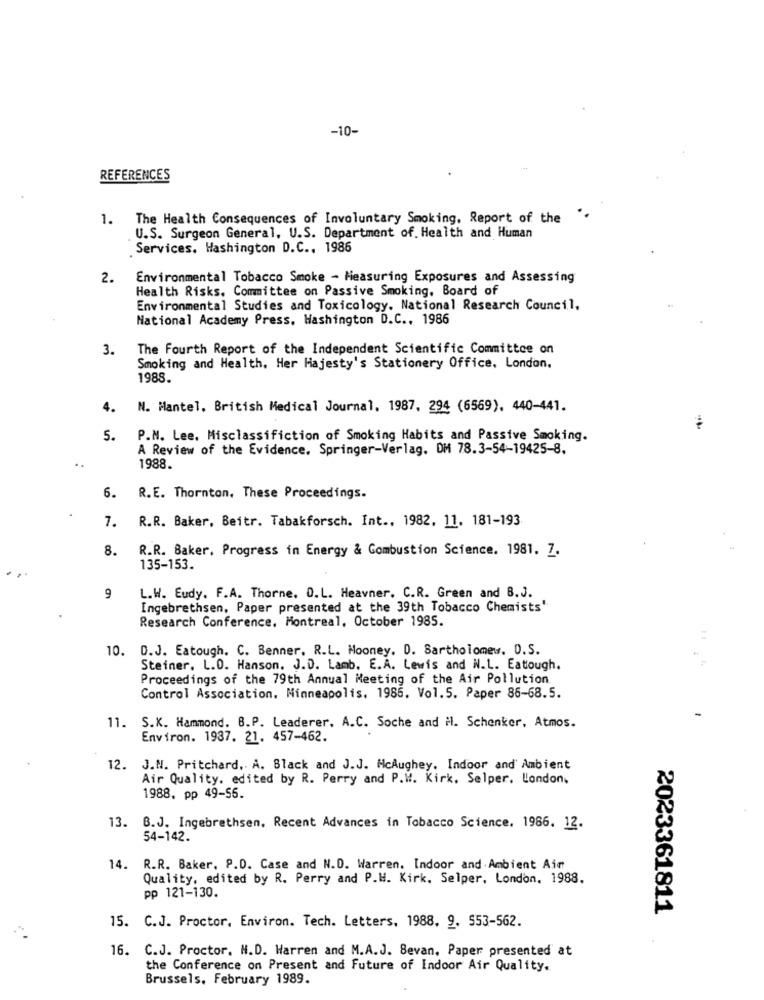
-10-
REFERENCES
1. The Health Consequences of Involuntary Smoking, Report of the
..
U.S. Surgeon General, U.S. Department of Health and Human
. Services, Washington D.C ., 1986
2.
Environmental Tobacco Smoke - Measuring Exposures and Assessing
Health Risks. Committee on Passive Smoking, Board of
Environmental Studies and Toxicology. National Research Council,
National Academy Press, Washington D.C ., 1986
3.
The Fourth Report of the Independent Scientific Committee on
Smoking and Health, Her Majesty's Stationery Office, London,
1988.
4.
N. Mantel, British Medical Journal, 1987. 294 (6569). 440-441.
5.
P.N. Lee, Misclassifiction of Smoking Habits and Passive Smoking.
A Review of the Evidence. Springer-Verlag. OM 78.3-54-19425-8.
1988.
6.
R.E. Thornton. These Proceedings.
R.R. Baker, Beitr. Tabakforsch. Int ., 1982. 11. 181-193
7.
8.
R.R. Baker, Progress in Energy & Combustion Science. 1981. 7.
135-153.
9
L.W. Eudy. F.A. Thorne. O.L. Heavner. C.R. Green and B.J.
Ingebrethsen, Paper presented at the 39th Tobacco Chemists"
Research Conference. Montreal, October 1985.
10. D.J. Eatough. C. Benner. R.L. Mooney. D. Bartholomew. D.S.
Steiner. L.O. Hanson. J.D. Lamb. E.A. Lewis and N.L. Eatough.
Proceedings of the 79th Annual Meeting of the Air Pollution
Control Association, Minneapolis, 1985. Vol.5. Paper 86-68.5.
11. S.K. Hammond. B.P. Leaderer. A.C. Soche and il. Schenker, Atmos.
Environ. 1937. 21. 457-462.
12. J.N. Pritchard, A. Black and J.J. McAughey. Indoor and' Ambient
Air Quality. edited by R. Perry and P.W. Kirk, Selper. London.
1988. pp 49-55.
13. B.J. Ingebrethsen, Recent Advances in Tobacco Science. 1986. 12.
54-142.
14. R.R. Baker. P.D. Case and N.D. Warren. Indoor and Ambient Ain
Quality, edited by R. Perry and P.H. Kirk. Selper, London. 1988.
pp 121-130.
2023361811
15. C.J. Proctor, Environ. Tech. Letters, 1988. 9. 553-562.
16.
C.J. Proctor. N.D. Harren and M.A.J. Sevan, Paper presented at
the Conference on Present and Future of Indoor Air Quality.
Brussels, February 1989.